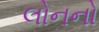
લોનનો